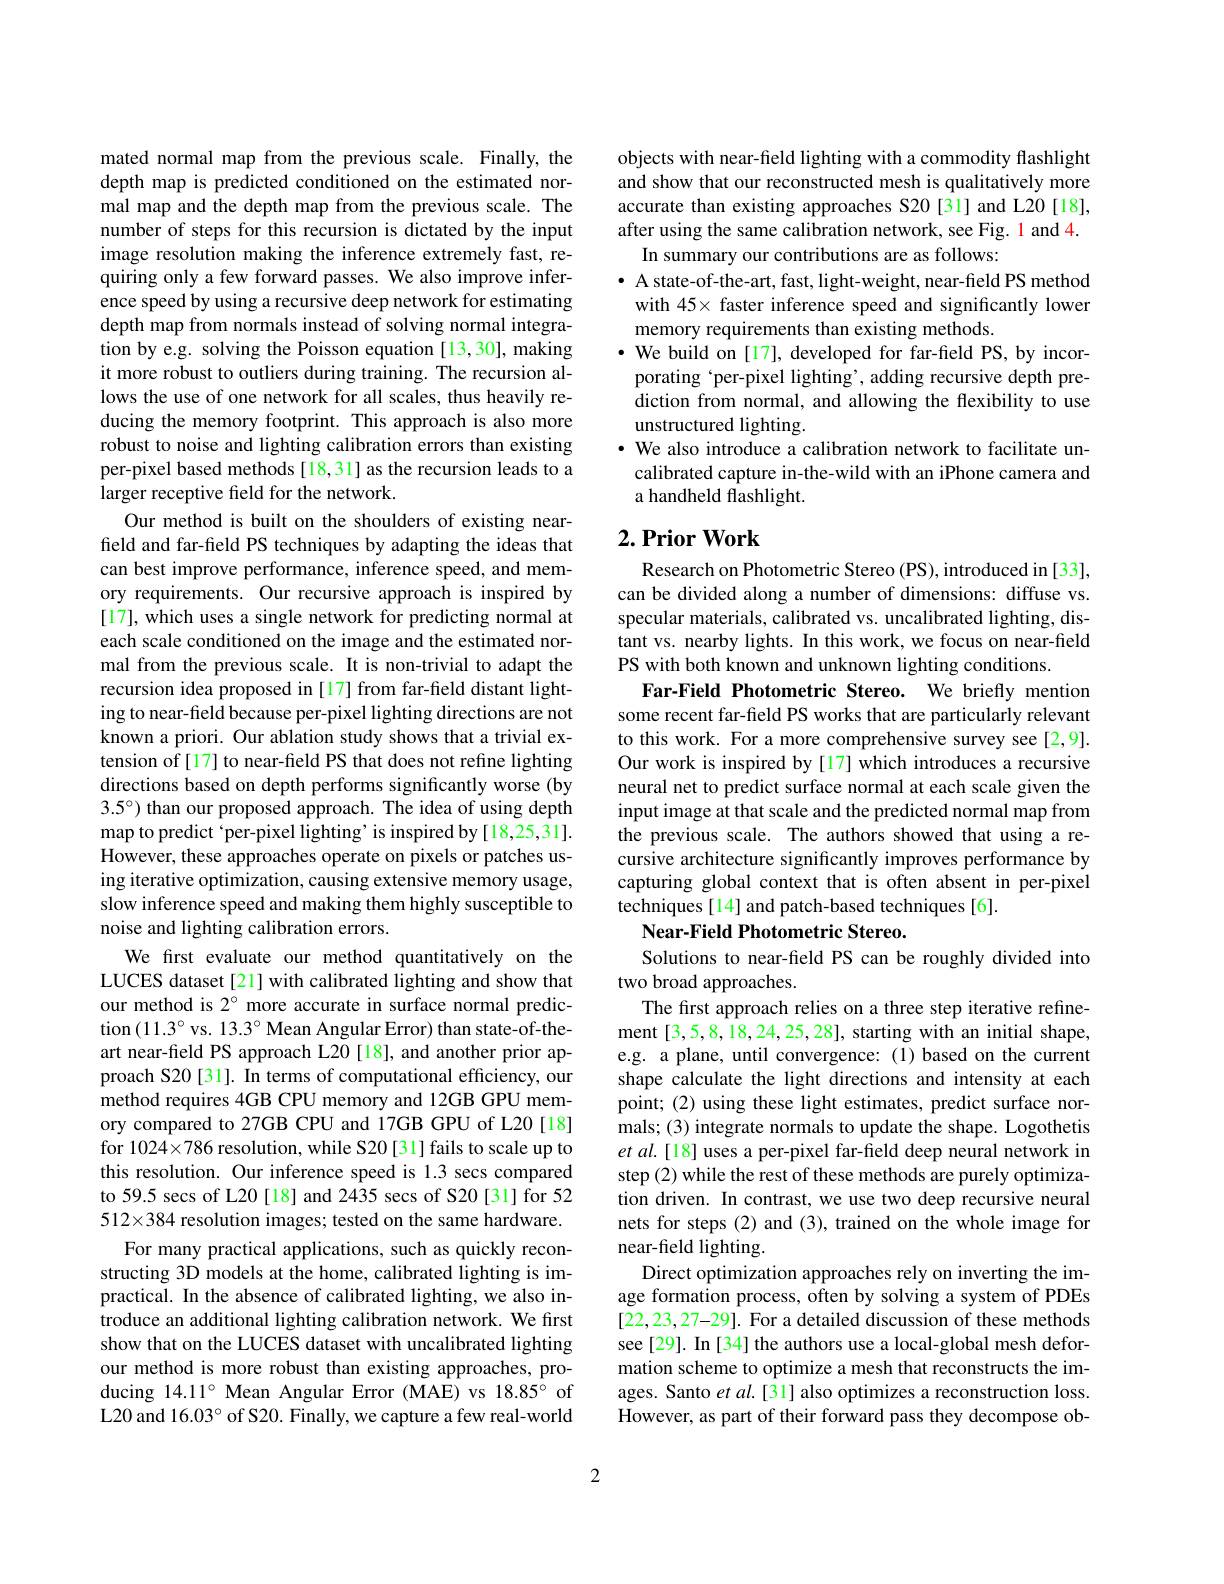
mated normal map from the previous scale. Finally, the depth map is predicted conditioned on the estimated normal map and the depth map from the previous scale. The number of steps for this recursion is dictated by the input image resolution making the inference extremely fast, requiring only a few forward passes. We also improve inference speed by using a recursive deep network for estimating depth map from normals instead of solving normal integration by e.g. solving the Poisson equation [13,30], making it more robust to outliers during training. The recursion allows the use of one network for all scales, thus heavily reducing the memory footprint. This approach is also more robust to noise and lighting calibration errors than existing per-pixel based methods [18,31] as the recursion leads to a larger receptive field for the network.
Our method is built on the shoulders of existing nearfield and far-field PS techniques by adapting the ideas that can best improve performance, inference speed, and memory requirements. Our recursive approach is inspired by [17], which uses a single network for predicting normal at each scale conditioned on the image and the estimated normal from the previous scale. It is non-trivial to adapt the recursion idea proposed in[17] from far-field distant lighting to near-field because per-pixel lighting directions are not known a priori. Our ablation study shows that a trivial extension of[17] to near-field PS that does not refine lighting directions based on depth performs significantly worse (by 3.5°) than our proposed approach. The idea of using depth map to predict `per-pixel lighting' is inspired by[18,25,31]. However, these approaches operate on pixels or patches using iterative optimization, causing extensive memory usage, slow inference speed and making them highly susceptible to noise and lighting calibration errors.
We first evaluate our method quantitatively on the LUCES dataset [21] with calibrated lighting and show that our method is 2° more accurate in surface normal prediction $(11.3^{\circ}$ vs. 13.3° Mean Angular Error) than state-of-theart near-feld PS approach L20[18], and another prior approach S20[31]. In terms of computational efficiency, our method requires 4GB CPU memory and 12GB GPU memory compared to 27GB CPU and 17GB GPU of L20[18] for 1024×786 resolution, while S20[31] fails to scale up to this resolution. Our inference speed is 1.3 secs compared to 59.5 secs of L20 [18] and 2435 secs of S20[31] for 52 $512\times384$ resolution images; tested on the same hardware.
For many practical applications, such as quickly reconstructing 3D models at the home, calibrated lighting is impractical. In the absence of calibrated lighting, we also introduce an additional lighting calibration network. We first show that on the LUCES dataset with uncalibrated lighting our method is more robust than existing approaches, producing 14.11° Mean Angular Error (MAE) vs 18.85° of L20 and 16.03° of S20. Finally, we capture a few real-world

objects with near-field lighting with a commodity flashlight and show that our reconstructed mesh is qualitatively more accurate than existing approaches S20[31] and L20[18], after using the same calibration network, see Fig. 1 and 4.
In summary our contributions are as follows:
$\bullet$ A state-of-the-art, fast, light-weight, near-field PS method
with 45× faster inference speed and significantly lower
memory requirements than existing methods.
$\cdot\dot{\text{ We build on[17], developed for far-field PS, by incor-}}$
porating‘per-pixel lighting’, adding recursive depth prediction from normal, and allowing the flexibility to use unstructured lighting.
· We also introduce a calibration network to facilitate un-
calibrated capture in-the-wild with an iPhone camera and
a handheld flashlight.

## $2. \textbf{Prior Work}$

Research on Photometric Stereo (PS), introduced in [33], can be divided along a number of dimensions: diffuse vs. specular materials, calibrated vs. uncalibrated lighting, distant vs. nearby lights. In this work, we focus on near-field PS with both known and unknown lighting conditions.
Far-Field Photometric Stereo. We briefly mention some recent far-field PS works that are particularly relevant to this work. For a more comprehensive survey see [2,9]. Our work is inspired by [17] which introduces a recursive neural net to predict surface normal at each scale given the input image at that scale and the predicted normal map from the previous scale. The authors showed that using a recursive architecture significantly improves performance by capturing global context that is often absent in per-pixel techniques [14] and patch-based techniques [6].
Near-Field Photometric Stereo.

Solutions to near-field PS can be roughly divided into
two broad approaches.
The first approach relies on a three step iterative refinement [3,5,8,18,24,25,28], starting with an initial shape, e.g. a plane, until convergence:(1) based on the current shape calculate the light directions and intensity at each point; (2) using these light estimates, predict surface normals; (3) integrate normals to update the shape. Logothetis et al.[18] uses a per-pixel far-field deep neural network in step (2) while the rest of these methods are purely optimization driven. In contrast, we use two deep recursive neural nets for steps (2) and (3), trained on the whole image for near-field lighting.
Direct optimization approaches rely on inverting the image formation process, often by solving a system of PDEs [22,23,27-29]. For a detailed discussion of these methods see [29]. In [34] the authors use a local-global mesh deformation scheme to optimize a mesh that reconstructs the images. Santo $et$ al.[31] also optimizes a reconstruction loss. However, as part of their forward pass they decompose ob-

2